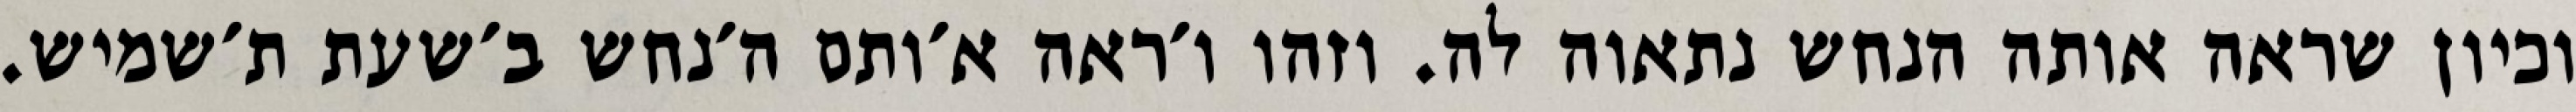
וכיון שראה אותה הנחש נתאוה לה. וזהו ו׳ראה א׳ותם ה׳נחש ב׳שעת ת׳שמיש.